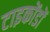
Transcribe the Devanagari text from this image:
टाइकोंडों